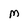
Character: M